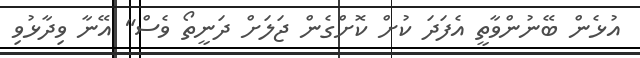
އުޅެން ބޭނުންވާތީ އެފަދަ ކުށް ކޮށްގެން ޖަލަށް ދަނީތޯ ވެސް" އޭނާ ވިދާޅުވި